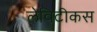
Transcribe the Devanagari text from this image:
लेविटीकस